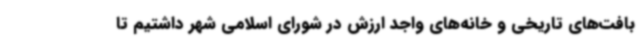
بافت‌های تاریخی و خانه‌های واجد ارزش در شورای اسلامی شهر داشتیم تا